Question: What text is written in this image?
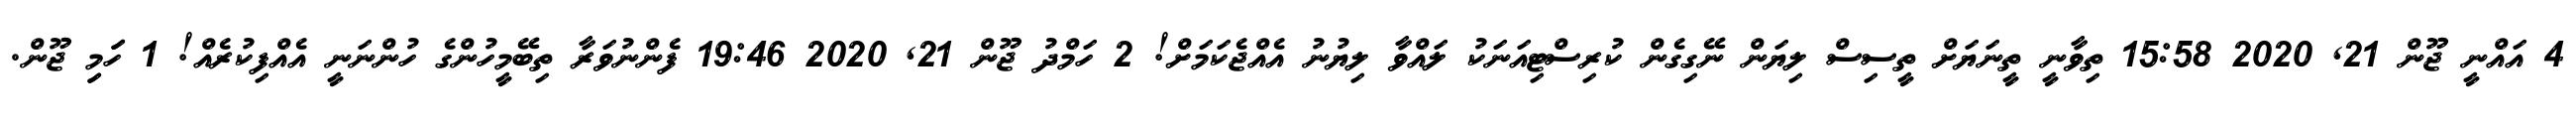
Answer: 4 އައްނީ ޖޫން 21, 2020 15:58 ތިވާނީ ތީނަޔަށް ތީސިސް ލިޔަން ނޭގިގެން ކުރިސްޓިއަނަކު ލައްވާ ލިޔުނު އެއްޖެކަމަށް! 2 ހަމްދު ޖޫން 21, 2020 19:46 ފެންނުވަރާ ތިބޭމީހުންގެ ހުންނަނީ އެއްފިކުރެއް! 1 ހަަމިި ޖޫން.